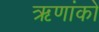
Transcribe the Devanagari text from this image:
ऋणांकों